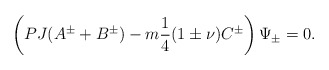
\begin{align*}\left(PJ(A^\pm+B^\pm)-m\frac{1}{4}(1\pm \nu)C^\pm\right)\Psi_\pm=0.\end{align*}